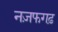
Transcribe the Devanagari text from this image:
नज़फगढ़